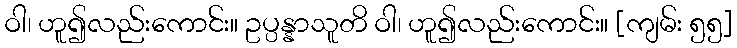
ဝါ၊ ဟူ၍လည်းကောင်း။ ဥပ္ပန္နာသူတိ ဝါ၊ ဟူ၍လည်းကောင်း။ [ကျမ်း ၅၅]